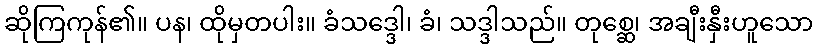
ဆိုကြကုန်၏။ ပန၊ ထိုမှတပါး။ ခံသဒ္ဒေါ၊ ခံ၊ သဒ္ဒါသည်။ တုစ္ဆေ၊ အချီးနှီးဟူသော